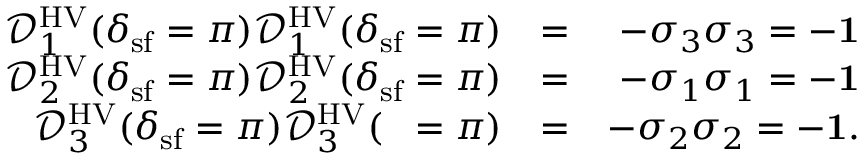
\begin{array} { r l r } { \mathcal { D } _ { 1 } ^ { \mathrm { H V } } ( \delta _ { \mathrm { s f } } = \pi ) \mathcal { D } _ { 1 } ^ { \mathrm { H V } } ( \delta _ { \mathrm { s f } } = \pi ) } & { = } & { - \sigma _ { 3 } \sigma _ { 3 } = - { \bf 1 } } \\ { \mathcal { D } _ { 2 } ^ { \mathrm { H V } } ( \delta _ { \mathrm { s f } } = \pi ) \mathcal { D } _ { 2 } ^ { \mathrm { H V } } ( \delta _ { \mathrm { s f } } = \pi ) } & { = } & { - \sigma _ { 1 } \sigma _ { 1 } = - { \bf 1 } } \\ { \mathcal { D } _ { 3 } ^ { \mathrm { H V } } ( \delta _ { \mathrm { s f } } = \pi ) \mathcal { D } _ { 3 } ^ { \mathrm { H V } } ( { \it \Delta \phi } = \pi ) } & { = } & { - \sigma _ { 2 } \sigma _ { 2 } = - { \bf 1 } . } \end{array}